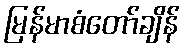
မြန်မာစံတော်ချိန်